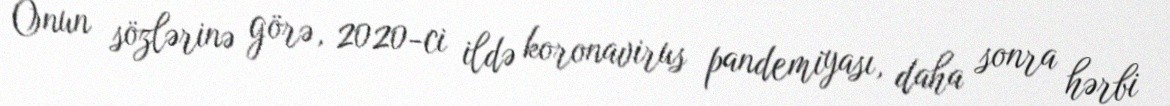
Onun sözlərinə görə, 2020-ci ildə koronavirus pandemiyası, daha sonra hərbi